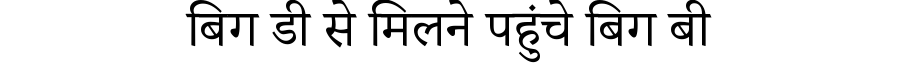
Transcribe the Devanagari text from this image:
बिग डी से मिलने पहुंचे बिग बी